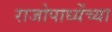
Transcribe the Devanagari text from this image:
राजोपाध्येंच्या